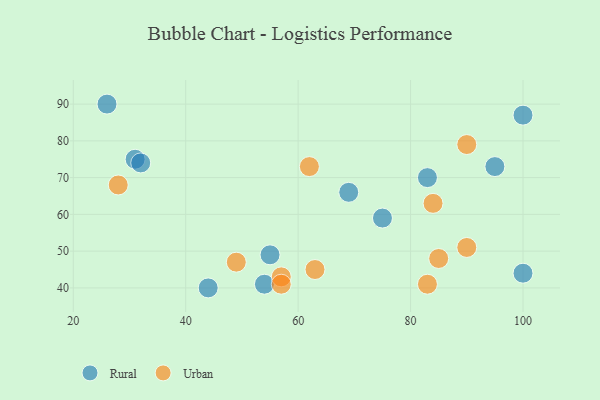
{"axis": {"x": "GDP", "y": "Life Expectancy"}, "legend": ["Rural", "Urban"], "data": [{"x": "31", "y": 75, "type": "Rural"}, {"x": "54", "y": 41, "type": "Rural"}, {"x": "55", "y": 49, "type": "Rural"}, {"x": "44", "y": 40, "type": "Rural"}, {"x": "75", "y": 59, "type": "Rural"}, {"x": "32", "y": 74, "type": "Rural"}, {"x": "95", "y": 73, "type": "Rural"}, {"x": "100", "y": 44, "type": "Rural"}, {"x": "83", "y": 70, "type": "Rural"}, {"x": "26", "y": 90, "type": "Rural"}, {"x": "100", "y": 87, "type": "Rural"}, {"x": "69", "y": 66, "type": "Rural"}, {"x": "49", "y": 47, "type": "Urban"}, {"x": "84", "y": 63, "type": "Urban"}, {"x": "90", "y": 51, "type": "Urban"}, {"x": "83", "y": 41, "type": "Urban"}, {"x": "63", "y": 45, "type": "Urban"}, {"x": "57", "y": 43, "type": "Urban"}, {"x": "85", "y": 48, "type": "Urban"}, {"x": "57", "y": 41, "type": "Urban"}, {"x": "90", "y": 79, "type": "Urban"}, {"x": "62", "y": 73, "type": "Urban"}, {"x": "28", "y": 68, "type": "Urban"}]}